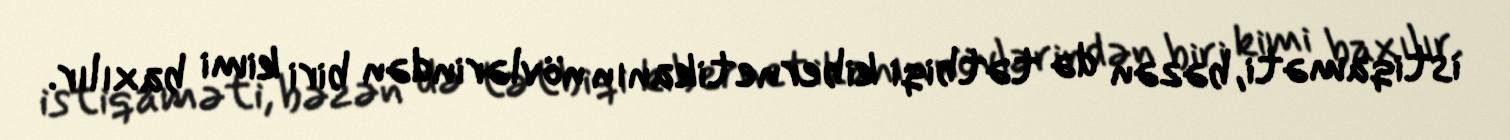
istiqaməti, bəzən də tətbiqi kibernetikanın növlərindən biri kimi baxılır.